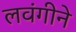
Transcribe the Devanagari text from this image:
लवंगीने